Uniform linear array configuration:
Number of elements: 16
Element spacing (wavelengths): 0.75
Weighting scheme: uniform
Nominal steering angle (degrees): -60
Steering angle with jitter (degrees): -60.04
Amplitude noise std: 0.05
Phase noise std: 0.05

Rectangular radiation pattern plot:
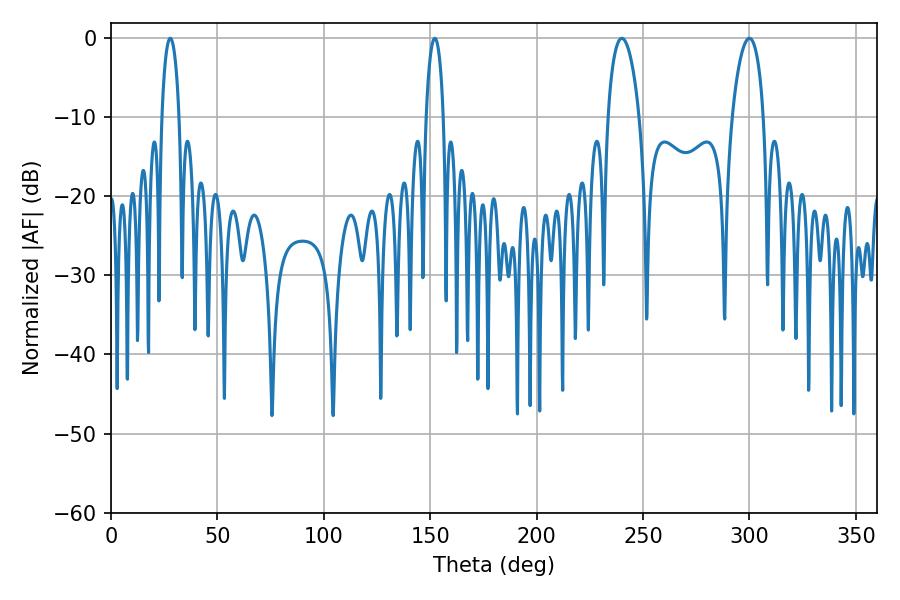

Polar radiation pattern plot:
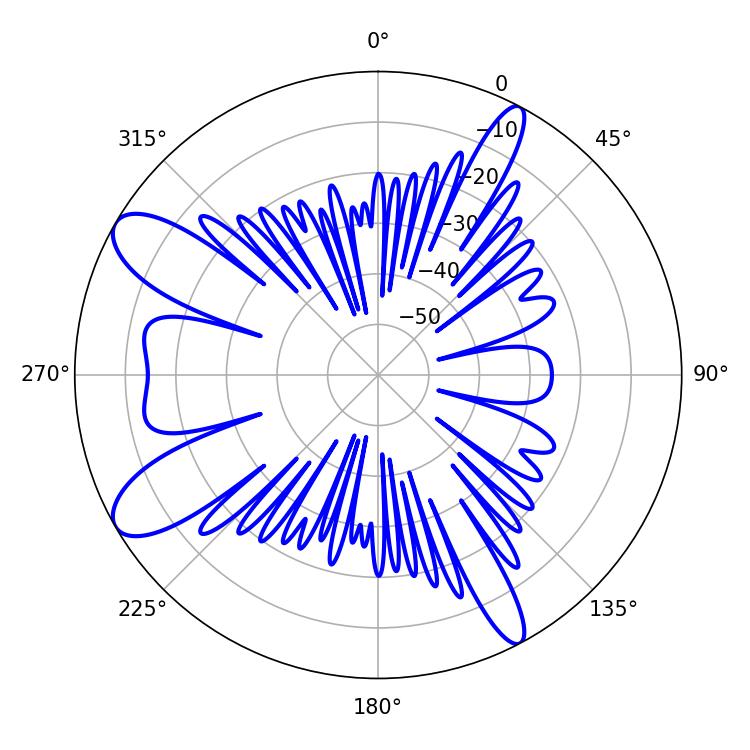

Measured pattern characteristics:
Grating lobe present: TRUE
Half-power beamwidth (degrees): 8.28
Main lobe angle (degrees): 239.94